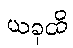
ယခုထိ